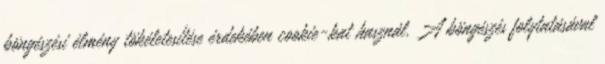
böngészési élmény tökéletesítése érdekében cookie-kat használ. A böngészés folytatásával